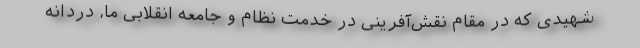
شهیدی که در مقام نقش‌آفرینی در خدمت نظام و جامعه انقلابی ما، دردانه